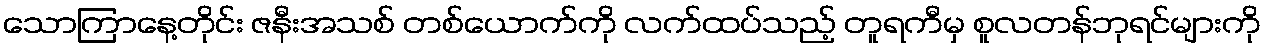
သောကြာနေ့တိုင်း ဇနီးအသစ် တစ်ယောက်ကို လက်ထပ်သည့် တူရကီမှ စူလတန်ဘုရင်များကို